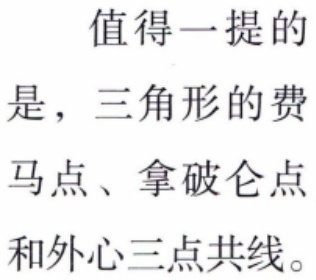
值得一提的是，三角形的费马点、拿破仑点和外心三点共线。